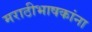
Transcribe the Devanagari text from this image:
मराठीभाषकांना